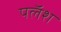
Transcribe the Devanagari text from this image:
पलॅश